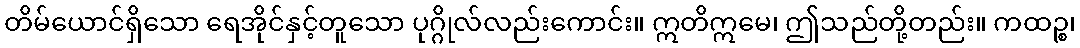
တိမ်ယောင်ရှိသော ရေအိုင်နှင့်တူသော ပုဂ္ဂိုလ်လည်းကောင်း။ ဣတိဣမေ၊ ဤသည်တို့တည်း။ ကထဉ္စ၊